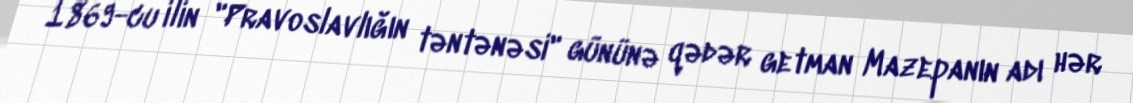
1869-cu ilin "Pravoslavlığın təntənəsi" gününə qədər getman Mazepanın adı hər